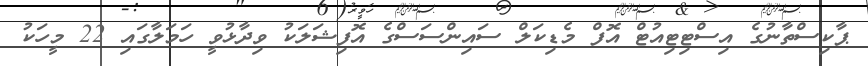
ޕާކިސްތާނުގެ އިސްޓިޓިއުޓް އޮފް މެޑިކަލް ސައިންސަސްގެ އޮފިޝަލަކު ވިދާޅުވީ ހަމަލާގައި 22 މީހަކު